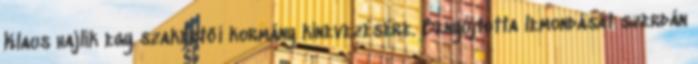
Klaus hajlik egy szakértői kormány kinevezésére. Benyújtotta lemondását szerdán